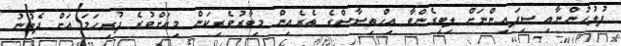
ފުލުހުންނާއި ސިފައިންނަށް ލިބިގެންވާ އިހްތިސާސްގެ ތެރެއިން މިބާރުވެރިކަން މިއަށްވުރެ ފުރިހަމަ އަށް ދެވުނު